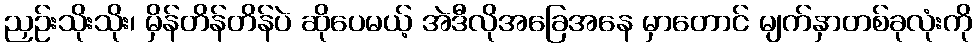
ညှဉ်းသိုးသိုး၊ မှိန်တိန်တိန်ပဲ ဆိုပေမယ့် အဲဒီလိုအခြေအနေ မှာတောင် မျက်နှာတစ်ခုလုံးကို